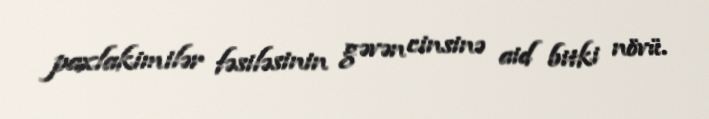
paxlakimilər fəsiləsinin gəvən cinsinə aid bitki növü.